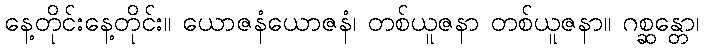
နေ့တိုင်းနေ့တိုင်း။ ယောဇနံယောဇနံ၊ တစ်ယူဇနာ တစ်ယူဇနာ။ ဂစ္ဆန္တော၊